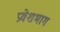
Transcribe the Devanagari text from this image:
प्रवेशभाग